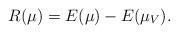
LaTeX: \begin{align*}R(\mu)=E(\mu)-E(\mu_{V}).\end{align*}